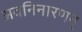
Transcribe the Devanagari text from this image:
अवनिनारणन्